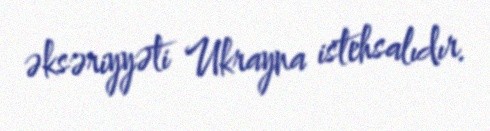
əksəriyyəti Ukrayna istehsalıdır.